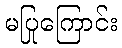
မပြုကြောင်း